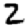
Digit: 2